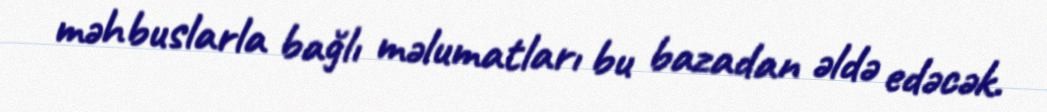
məhbuslarla bağlı məlumatları bu bazadan əldə edəcək.